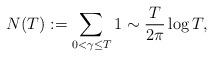
LaTeX: \begin{align*}N(T) := \sum_{0<\gamma\le T}1 \sim \frac{T}{2\pi}\log T, \end{align*}